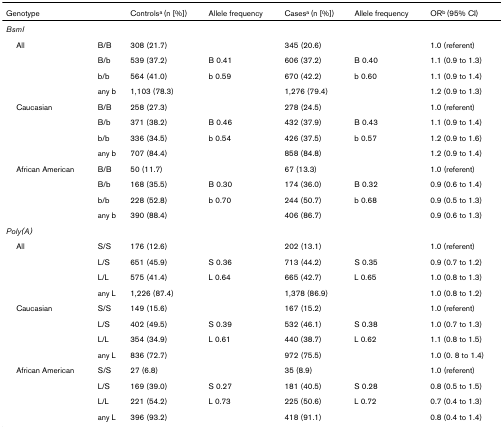
<table><thead><tr><td><b>Genotype</b></td><td>[EMPTY_CELL]</td><td><b>Controls<sup>a </sup>(n [%])</b></td><td><b>Allele frequency</b></td><td><b>Cases<sup>a </sup>(n [%])</b></td><td><b>Allele frequency</b></td><td><b>OR<sup>b </sup>(95% CI)</b></td></tr></thead><tbody><tr><td><i>BsmI</i></td><td>[EMPTY_CELL]</td><td>[EMPTY_CELL]</td><td>[EMPTY_CELL]</td><td>[EMPTY_CELL]</td><td>[EMPTY_CELL]</td><td>[EMPTY_CELL]</td></tr><tr><td> All</td><td>B/B</td><td>308 (21.7)</td><td>[EMPTY_CELL]</td><td>345 (20.6)</td><td>[EMPTY_CELL]</td><td>1.0 (referent)</td></tr><tr><td>[EMPTY_CELL]</td><td>B/b</td><td>539 (37.2)</td><td>B 0.41</td><td>606 (37.2)</td><td>B 0.40</td><td>1.1 (0.9 to 1.3)</td></tr><tr><td>[EMPTY_CELL]</td><td>b/b</td><td>564 (41.0)</td><td>b 0.59</td><td>670 (42.2)</td><td>b 0.60</td><td>1.1 (0.9 to 1.4)</td></tr><tr><td>[EMPTY_CELL]</td><td>any b</td><td>1,103 (78.3)</td><td>[EMPTY_CELL]</td><td>1,276 (79.4)</td><td>[EMPTY_CELL]</td><td>1.2 (0.9 to 1.3)</td></tr><tr><td> Caucasian</td><td>B/B</td><td>258 (27.3)</td><td>[EMPTY_CELL]</td><td>278 (24.5)</td><td>[EMPTY_CELL]</td><td>1.0 (referent)</td></tr><tr><td>[EMPTY_CELL]</td><td>B/b</td><td>371 (38.2)</td><td>B 0.46</td><td>432 (37.9)</td><td>B 0.43</td><td>1.1 (0.9 to 1.4)</td></tr><tr><td>[EMPTY_CELL]</td><td>b/b</td><td>336 (34.5)</td><td>b 0.54</td><td>426 (37.5)</td><td>b 0.57</td><td>1.2 (0.9 to 1.6)</td></tr><tr><td>[EMPTY_CELL]</td><td>any b</td><td>707 (84.4)</td><td>[EMPTY_CELL]</td><td>858 (84.8)</td><td>[EMPTY_CELL]</td><td>1.2 (0.9 to 1.4)</td></tr><tr><td> African American</td><td>B/B</td><td>50 (11.7)</td><td>[EMPTY_CELL]</td><td>67 (13.3)</td><td>[EMPTY_CELL]</td><td>1.0 (referent)</td></tr><tr><td>[EMPTY_CELL]</td><td>B/b</td><td>168 (35.5)</td><td>B 0.30</td><td>174 (36.0)</td><td>B 0.32</td><td>0.9 (0.6 to 1.4)</td></tr><tr><td>[EMPTY_CELL]</td><td>b/b</td><td>228 (52.8)</td><td>b 0.70</td><td>244 (50.7)</td><td>b 0.68</td><td>0.9 (0.5 to 1.3)</td></tr><tr><td>[EMPTY_CELL]</td><td>any b</td><td>390 (88.4)</td><td>[EMPTY_CELL]</td><td>406 (86.7)</td><td>[EMPTY_CELL]</td><td>0.9 (0.6 to 1.3)</td></tr><tr><td><i>Poly(A)</i></td><td>[EMPTY_CELL]</td><td>[EMPTY_CELL]</td><td>[EMPTY_CELL]</td><td>[EMPTY_CELL]</td><td>[EMPTY_CELL]</td><td>[EMPTY_CELL]</td></tr><tr><td> All</td><td>S/S</td><td>176 (12.6)</td><td>[EMPTY_CELL]</td><td>202 (13.1)</td><td>[EMPTY_CELL]</td><td>1.0 (referent)</td></tr><tr><td>[EMPTY_CELL]</td><td>L/S</td><td>651 (45.9)</td><td>S 0.36</td><td>713 (44.2)</td><td>S 0.35</td><td>0.9 (0.7 to 1.2)</td></tr><tr><td>[EMPTY_CELL]</td><td>L/L</td><td>575 (41.4)</td><td>L 0.64</td><td>665 (42.7)</td><td>L 0.65</td><td>1.0 (0.8 to 1.3)</td></tr><tr><td>[EMPTY_CELL]</td><td>any L</td><td>1,226 (87.4)</td><td>[EMPTY_CELL]</td><td>1,378 (86.9)</td><td>[EMPTY_CELL]</td><td>1.0 (0.8 to 1.2)</td></tr><tr><td> Caucasian</td><td>S/S</td><td>149 (15.6)</td><td>[EMPTY_CELL]</td><td>167 (15.2)</td><td>[EMPTY_CELL]</td><td>1.0 (referent)</td></tr><tr><td>[EMPTY_CELL]</td><td>L/S</td><td>402 (49.5)</td><td>S 0.39</td><td>532 (46.1)</td><td>S 0.38</td><td>1.0 (0.7 to 1.3)</td></tr><tr><td>[EMPTY_CELL]</td><td>L/L</td><td>354 (34.9)</td><td>L 0.61</td><td>440 (38.7)</td><td>L 0.62</td><td>1.1 (0.8 to 1.5)</td></tr><tr><td>[EMPTY_CELL]</td><td>any L</td><td>836 (72.7)</td><td>[EMPTY_CELL]</td><td>972 (75.5)</td><td>[EMPTY_CELL]</td><td>1.0 (0. 8 to 1.4)</td></tr><tr><td> African American</td><td>S/S</td><td>27 (6.8)</td><td>[EMPTY_CELL]</td><td>35 (8.9)</td><td>[EMPTY_CELL]</td><td>1.0 (referent)</td></tr><tr><td>[EMPTY_CELL]</td><td>L/S</td><td>169 (39.0)</td><td>S 0.27</td><td>181 (40.5)</td><td>S 0.28</td><td>0.8 (0.5 to 1.5)</td></tr><tr><td>[EMPTY_CELL]</td><td>L/L</td><td>221 (54.2)</td><td>L 0.73</td><td>225 (50.6)</td><td>L 0.72</td><td>0.7 (0.4 to 1.3)</td></tr><tr><td>[EMPTY_CELL]</td><td>any L</td><td>396 (93.2)</td><td>[EMPTY_CELL]</td><td>418 (91.1)</td><td>[EMPTY_CELL]</td><td>0.8 (0.4 to 1.4)</td></tr></tbody></table>